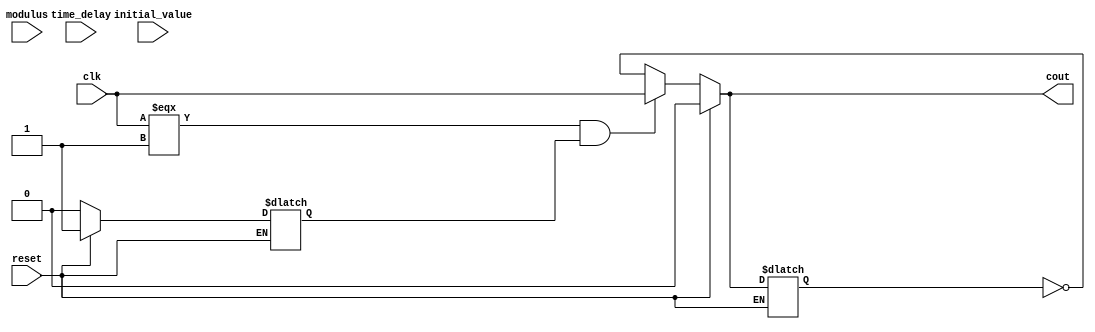
module stratixgx_m_cntr  (clk,
                        reset,
                        cout,
                        initial_value,
                        modulus,
                        time_delay);
    input clk;
    input reset;
    input [31:0] initial_value;
    input [31:0] modulus;
    input [31:0] time_delay;
    output cout;
    integer count;
    reg tmp_cout;
    reg first_rising_edge;
    reg clk_last_value;
    reg cout_tmp;
    initial
    begin
        count = 1;
        first_rising_edge = 1;
        clk_last_value = 0;
    end
    always @(reset or clk)
    begin
        if (reset)
        begin
            count = 1;
            tmp_cout = 0;
            first_rising_edge = 1;
        end
        else begin
            if (clk_last_value !== clk)
            begin
                if (clk === 1'b1 && first_rising_edge)
                begin
                    first_rising_edge = 0;
                    tmp_cout = clk;
                end
                else if (first_rising_edge == 0)
                begin
                    if (count < modulus)
                        count = count + 1;
                    else
                    begin
                        count = 1;
                        tmp_cout = ~tmp_cout;
                    end
                end
            end
        end
        clk_last_value = clk;
        cout_tmp <= #(time_delay) tmp_cout;
    end
    and (cout, cout_tmp, 1'b1);
endmodule